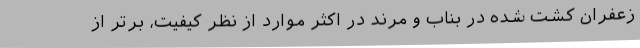
زعفران کشت شده در بناب و مرند در اکثر موارد از نظر کیفیت، برتر از